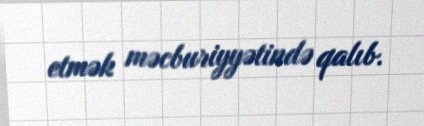
etmək məcburiyyətində qalıb.